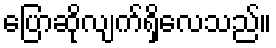
ပြောဆိုလျက်ရှိလေသည်။